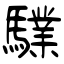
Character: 驜